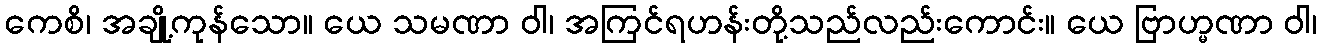
ကေစိ၊ အချို့ကုန်သော။ ယေ သမဏာ ဝါ၊ အကြင်ရဟန်းတို့သည်လည်းကောင်း။ ယေ ဗြာဟ္မဏာ ဝါ၊